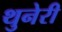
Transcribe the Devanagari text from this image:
थुनेरी